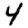
Digit: 4